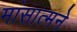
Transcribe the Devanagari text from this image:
मांसात्मने